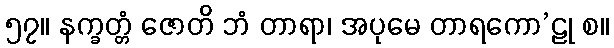
၅၇။ နက္ခတ္တံ ဇောတိ ဘံ တာရာ၊ အပုမေ တာရကော’ဠု စ။